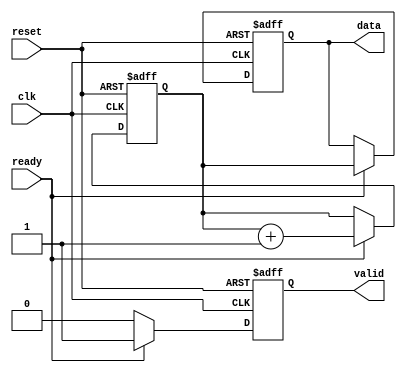
module producer (
    input wire clk,
    input wire reset,
    output reg valid,
    output reg [7:0] data, // Assuming 8-bit data
    input wire ready
);
    // State to hold the data to be sent
    reg [7:0] data_buffer;
    
    always @(posedge clk or posedge reset) begin
        if (reset) begin
            valid <= 0;
            data <= 8'b0;
            data_buffer <= 8'b0;
        end else begin
            // Check if the consumer is ready
            if (ready) begin
                // Produce new data
                data_buffer <= data_buffer + 1; // Example data generation
                data <= data_buffer;
                valid <= 1; // Assert valid signal
            end else begin
                valid <= 0; // Deassert valid if not ready
            end
        end
    end
endmodule